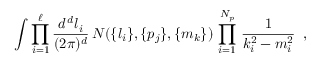
\int \prod _ { i = 1 } ^ { \ell } { \frac { d ^ { \, d } l _ { i } } { ( 2 \pi ) ^ { d } } } \, N ( \{ l _ { i } \} , \{ p _ { j } \} , \{ m _ { k } \} ) \, \prod _ { i = 1 } ^ { N _ { p } } \, { \frac { 1 } { k _ { i } ^ { 2 } - m _ { i } ^ { 2 } } } \; \; ,